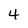
Character: 4